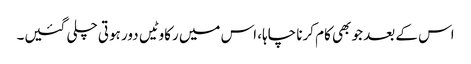
اس کے بعد جو بھی کام کرنا چاہا، اس میں رکاوٹیں دور ہوتی چلی گئیں۔